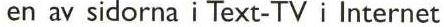
en av sidorna i Text-TV i Internet